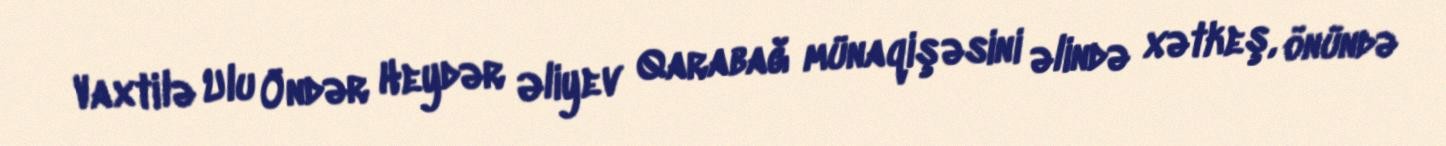
Vaxtilə Ulu Öndər Heydər Əliyev Qarabağ münaqişəsini əlində xətkeş, önündə